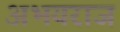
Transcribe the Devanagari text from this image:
अभयराज